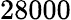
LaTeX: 28000